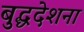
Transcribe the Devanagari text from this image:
बुद्धदेशना